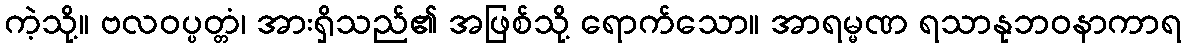
ကဲ့သို့။ ဗလဝပ္ပတ္တံ၊ အားရှိသည်၏ အဖြစ်သို့ ရောက်သော။ အာရမ္မဏ ရသာနုဘဝနာကာရ